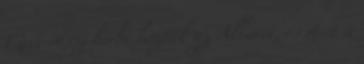
Mert rossz hírbe hozták az Alluret, és mert a